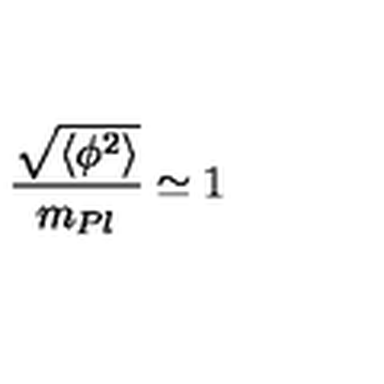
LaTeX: \frac { \sqrt { \langle \phi ^ { 2 } \rangle } } { m _ { P l } } \simeq 1